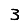
Digit: 3